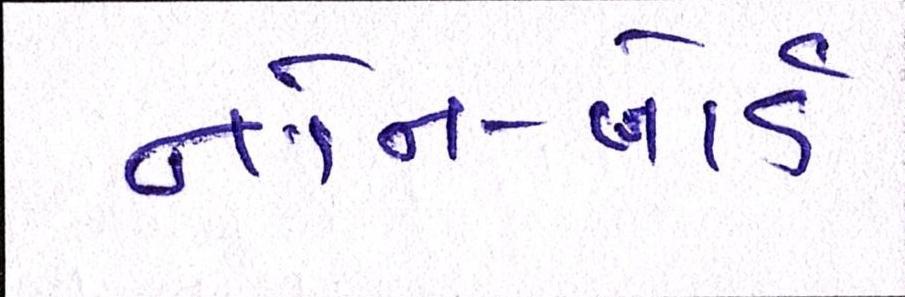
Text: નોન-બોર્ડ